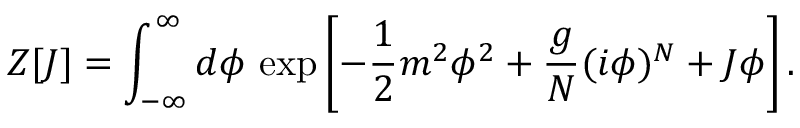
Z [ J ] = \int _ { - \infty } ^ { \infty } d \phi \, \exp \left[ - { \frac { 1 } { 2 } } m ^ { 2 } \phi ^ { 2 } + { \frac { g } { N } } ( i \phi ) ^ { N } + J \phi \right] .